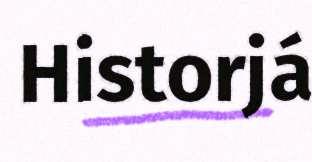
Historjá